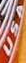
USA